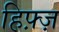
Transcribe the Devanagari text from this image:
हिफ़्ज़